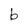
Character: b